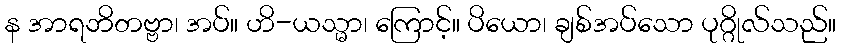
န အာရဘိတဗ္ဗာ၊ အပ်။ ဟိ-ယသ္မာ၊ ကြောင့်။ ပိယော၊ ချစ်အပ်သော ပုဂ္ဂိုလ်သည်။